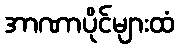
အာဏာပိုင်များထံ